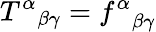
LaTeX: {T^{\alpha}}_{\beta\gamma}={f^{\alpha}}_{\beta\gamma}